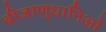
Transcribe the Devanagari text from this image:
बीजाणुधानिओं